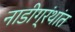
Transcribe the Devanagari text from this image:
नाडीग्रंथांत